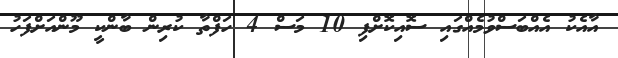
އާއެކު އެއްބަސްވުމެއްގައި ސޮއިކޮށްފި 10 މަސް 4 ހަފްތާ ކުރިން ބާންކީ މޫންއަށްފަހު